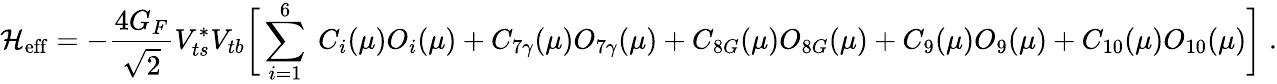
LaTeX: {\cal H}_{\mathrm{eff}}=-\frac{4G_{F}}{\sqrt{2}}V_{ts}^{*}V_{tb}\biggr[\sum_{i=1}^{6}\; C_{i}(\mu)O_{i}(\mu)+C_{7\gamma}(\mu)O_{7\gamma}(\mu)+C_{8G}(\mu)O_{8G}(\mu)+C_{9}(\mu)O_{9}(\mu)+C_{10}(\mu)O_{10}(\mu)\biggr]\; .